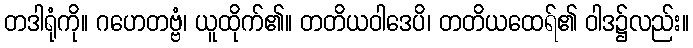
တဒါရုံကို။ ဂဟေတဗ္ဗံ၊ ယူထိုက်၏။ တတိယဝါဒေပိ၊ တတိယထေရ်၏ ဝါဒ၌လည်း။